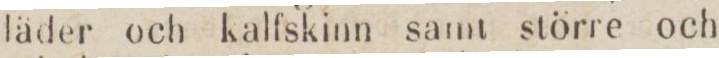
läder och kalfskinn samt större och